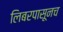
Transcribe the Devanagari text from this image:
लिबरपासूनच